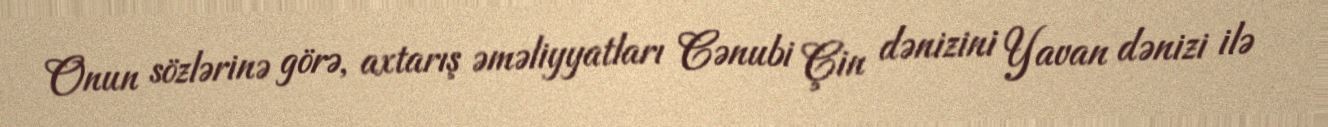
Onun sözlərinə görə, axtarış əməliyyatları Cənubi Çin dənizini Yavan dənizi ilə